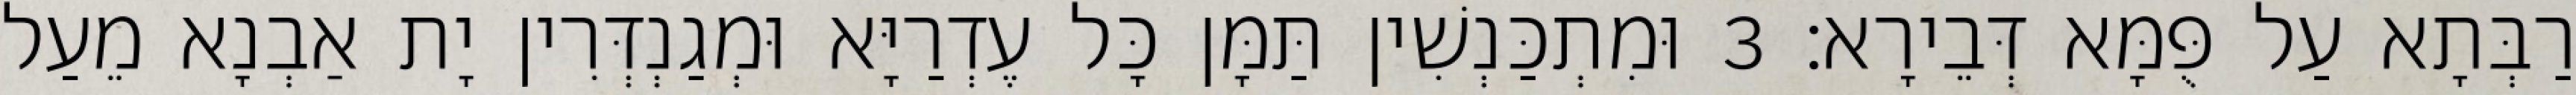
רַבְּתָא עַל פֻּמָּא דְּבֵירָא׃ 3 וּמִתְכַּנְשִׁין תַּמָּן כָּל עֶדְרַיָּא וּמְגַנְדְּרִין יָת אַבְנָא מֵעַל